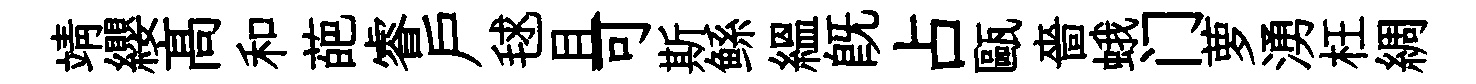
靖纓髙和葩睿户毬且可斯鲧緼旣占甌嗇蛾门萝湧枉綢